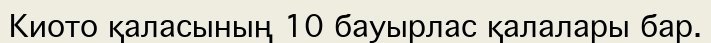
Киото қаласының 10 бауырлас қалалары бар.